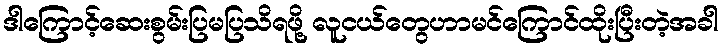
ဒါကြောင့်ဆေးစွမ်းပြမပြသိရဖို့ လူငယ်တွေဟာမင်ကြောင်ထိုးပြီးတဲ့အခါ